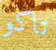
تاكو